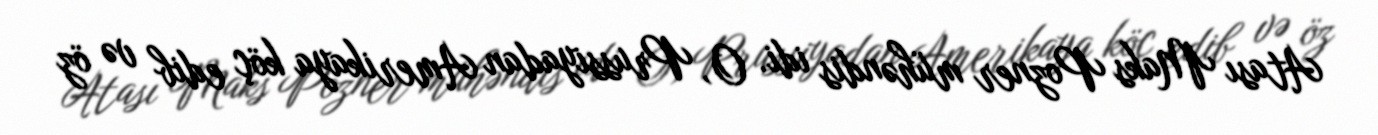
Atası Maks Pozner mühəndis idi. O, Prussiyadan Amerikaya köç edib və öz